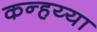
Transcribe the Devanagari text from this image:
कन्हय्या